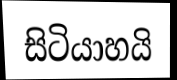
සිටියාහයි